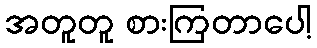
အတူတူ စားကြတာပေါ့